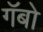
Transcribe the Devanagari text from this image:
गॅबो